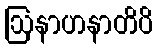
ဩနာဟနာတိပိ